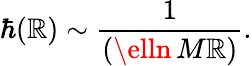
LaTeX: \hbar(\mathbb{R})\sim\frac{{1}}{{(\elln\, M\mathbb{R})}}.